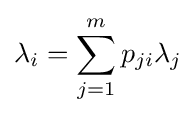
\lambda _{i}=\sum _{j=1}^{m}p_{ji}\lambda _{j}